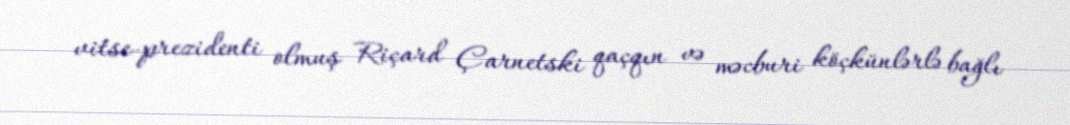
vitse-prezidenti olmuş Riçard Çarnetski qaçqın və məcburi köçkünlərlə bağlı